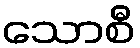
သောစီ